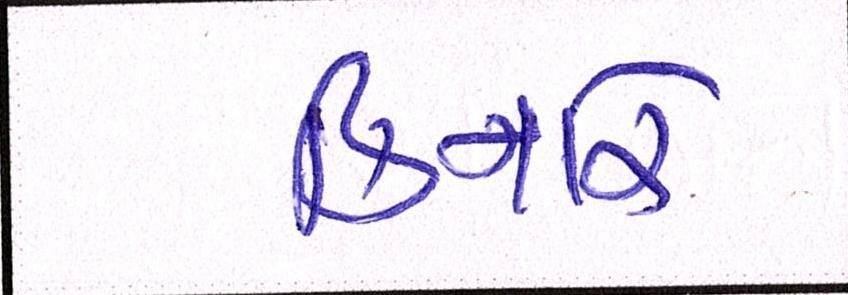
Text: કિનારે